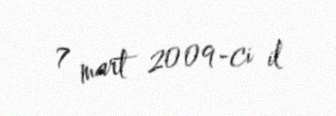
7 mart 2009-ci il